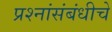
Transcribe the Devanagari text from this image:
प्रश्नांसंबंधीचे